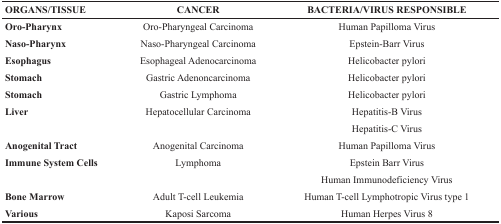
| ORGANS/TISSUE | CANCER | BACTERIA/VIRUS RESPONSIBLE |
 | --- | --- | --- |
 | Oro-Pharynx | Oro-Pharyngeal Carcinoma | Human Papilloma Virus |
 | Naso-Pharynx | Naso-Pharyngeal Carcinoma | Epstein-Barr Virus |
 | Esophagus | Esophageal Adenocarcinoma | Helicobacter pylori |
 | Stomach | Gastric Adenoncarcinoma | Helicobacter pylori |
 | Stomach | Gastric Lymphoma | Helicobacter pylori |
 | <ROWSPAN=2> Liver | <ROWSPAN=2> Hepatocellular Carcinoma | Hepatitis-B Virus |
 | Hepatitis-C Virus |
 | Anogenital Tract | Anogenital Carcinoma | Human Papilloma Virus |
 | <ROWSPAN=2> Immune System Cells | <ROWSPAN=2> Lymphoma | Epstein Barr Virus |
 | Human Immunodeficiency Virus |
 | Bone Marrow | Adult T-cell Leukemia | Human T-cell Lymphotropic Virus type 1 |
 | Various | Kaposi Sarcoma | Human Herpes Virus 8 |